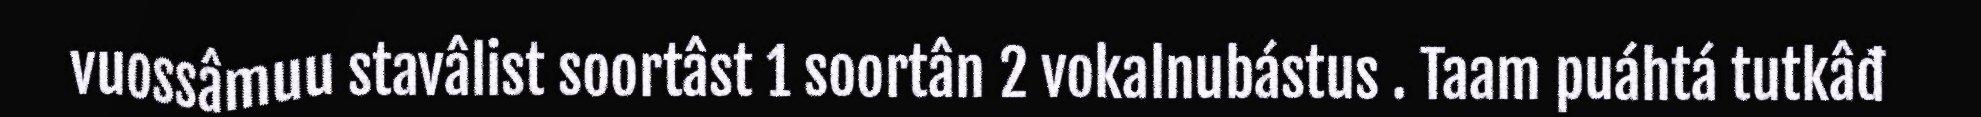
vuossâmuu stavâlist soortâst 1 soortân 2 vokalnubástus . Taam puáhtá tutkâđ